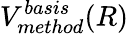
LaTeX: V_{method}^{basis}(R)